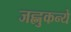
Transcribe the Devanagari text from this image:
जह्नुकन्ये